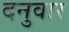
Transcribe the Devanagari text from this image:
दनुवार